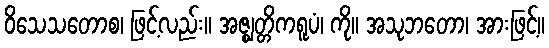
ဝိသေသတောစ၊ ဖြင့်လည်း။ အဇ္ဈတ္တိကရူပံ၊ ကို။ အသုဘတော၊ အားဖြင့်။